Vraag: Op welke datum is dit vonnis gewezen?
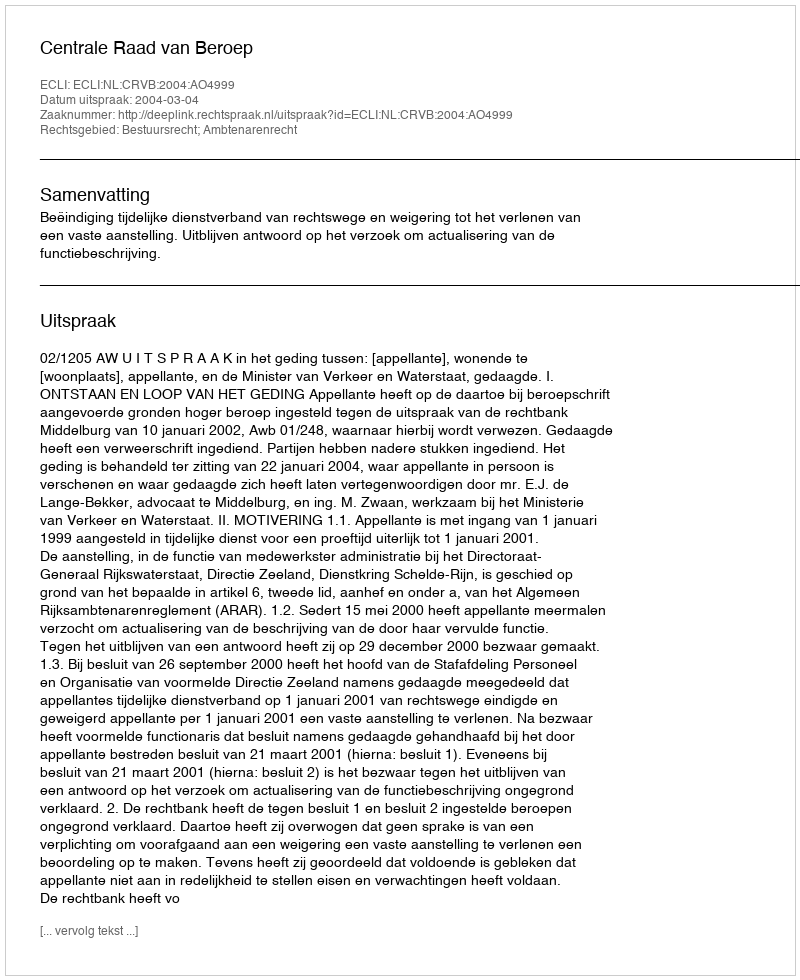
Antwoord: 2004-03-04